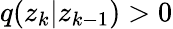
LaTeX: q(z_{k}|z_{k-1})>0